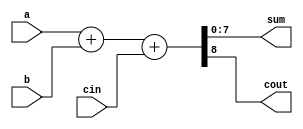
// 8 
module add8(sum,cout,a,b,cin);
    output [7:0] sum;
    output cout;
    input [7:0] a,b;
    input cin;

    assign {cout,sum} = a + b + cin;
endmodule